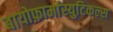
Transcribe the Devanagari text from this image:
बायोफ़ार्मास्युटिकल्स